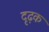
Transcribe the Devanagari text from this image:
दृढ़क